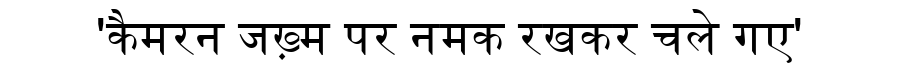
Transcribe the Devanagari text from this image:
'कैमरन जख़्म पर नमक रखकर चले गए'